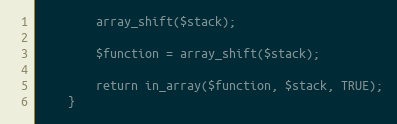
Language: PHP
        array_shift($stack);

        $function = array_shift($stack);

        return in_array($function, $stack, TRUE);
    }